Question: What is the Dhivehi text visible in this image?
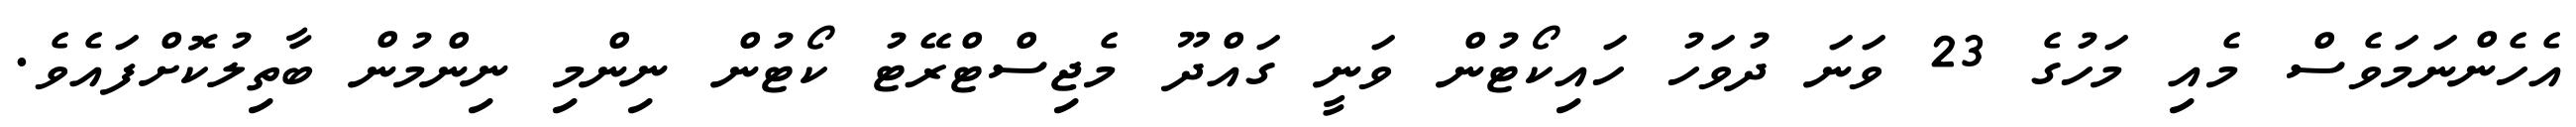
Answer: އެހެންނަމަވެސް މެއި މަހުގެ 23 ވަނަ ދުވަހު ހައިކޯޓުން ވަނީ ގައްދޫ މެޖިސްޓްރޭޓު ކޯޓުން ނިންމި ނިންމުން ބާތިލުކޮށްފައެވެ.